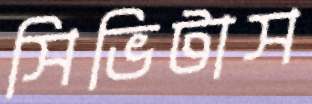
সিভিটাস